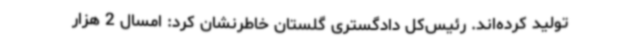
تولید کرده‌اند. رئیس‌کل دادگستری گلستان خاطرنشان کرد: امسال 2 هزار